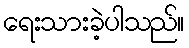
ရေးသားခဲ့ပါသည်။